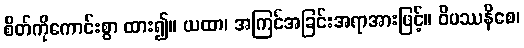
စိတ်ကိုကောင်းစွာ ထား၍။ ယထာ၊ အကြင်အခြင်းအရာအားဖြင့်။ ဝိပဿနိစေ၊